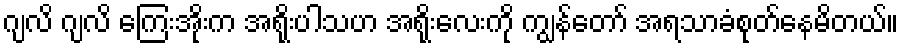
ဂျလိ ဂျလိ ကြေးအိုးက အရိုးပါသဟ အရိုးလေးကို ကျွန်တော် အရသာခံစုတ်နေမိတယ်။